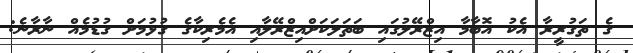
ގެ ތަގުރީރާ އެކު އޮބާމާ އިޒްރޭލުގައި ބަތަލަކަށްއިޒްރޭލާއި އެމެރިކާގެ ގުޅުމަށް ގުޑުމެއް ނާރާނެ: